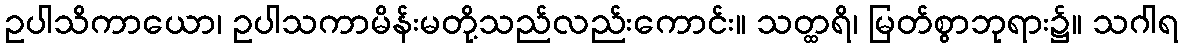
ဥပါသိကာယော၊ ဥပါသကာမိန်းမတို့သည်လည်းကောင်း။ သတ္ထရိ၊ မြတ်စွာဘုရား၌။ သဂါရ